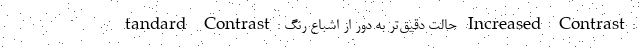
tandard Contrast: حالت دقیق‌تر به دور از اشباع رنگ Increased Contrast: